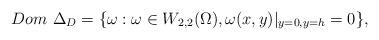
LaTeX: \begin{align*}Dom \ \Delta_D=\{ \omega: \omega \in W_{2,2}(\Omega), \omega(x, y)\vert_{y=0, y=h}=0 \},\end{align*}